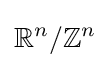
\mathbb {R} ^{n}/\mathbb {Z} ^{n}